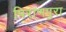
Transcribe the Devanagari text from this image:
पिराणपुरा